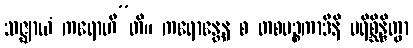
သဇ္ဈာယံ ကရောဟီ”တိ။ ကရောန္တေန စ တစပဉ္စကာဒီနိ ပရိစ္ဆိန္ဒိတွာ